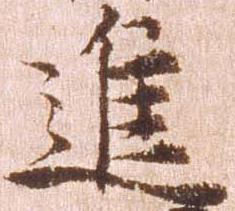
進